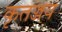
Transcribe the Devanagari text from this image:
कृतज्जय